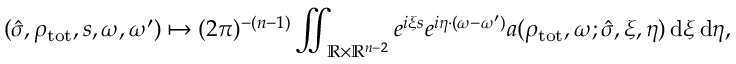
( \hat { \sigma } , \rho _ { \mathrm { t o t } } , s , \omega , \omega ^ { \prime } ) \mapsto ( 2 \pi ) ^ { - ( n - 1 ) } \iint _ { \mathbb { R } \times \mathbb { R } ^ { n - 2 } } e ^ { i \xi s } e ^ { i \eta \cdot ( \omega - \omega ^ { \prime } ) } a ( \rho _ { \mathrm { t o t } } , \omega ; \hat { \sigma } , \xi , \eta ) \, { \mathrm d } \xi \, { \mathrm d } \eta ,